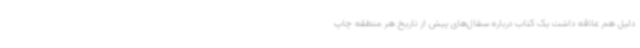
دلیل هم علاقه داشت یک کتاب درباره سفال‌های پیش از تاریخ هر منطقه چاپ